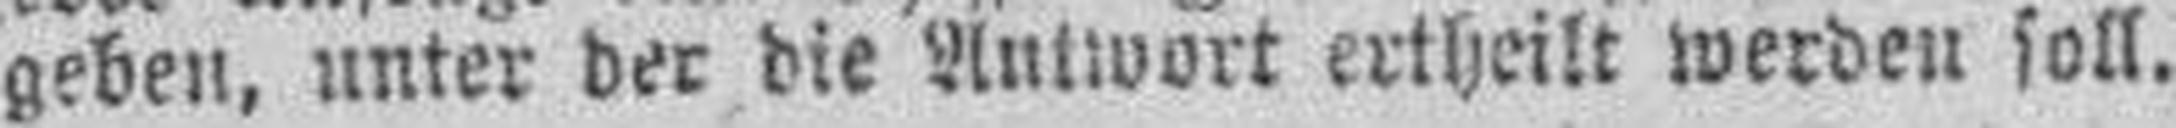
geben, unter der die Antwort ertheilt werden soll.